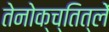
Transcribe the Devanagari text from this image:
तेनोक्च्तित्लें